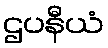
ဌပနီယံ